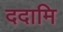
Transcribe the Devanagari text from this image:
ददामि